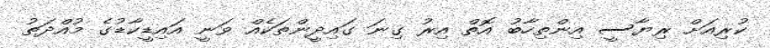
ކުރިއަށް ރިޔާސީ އިންތިހާބު އޮތް އިރު ގިނަ ގައިދީންތަކެއް ވަނީ އައިޑީކާޑުގެ މުއްދަތު